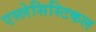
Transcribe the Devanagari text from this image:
एस्लेसिस्टिकल